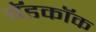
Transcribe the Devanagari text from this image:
बॅडकॉक